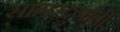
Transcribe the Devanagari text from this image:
सागरदुर्गांची